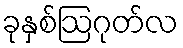
ခုနှစ်ဩဂုတ်လ